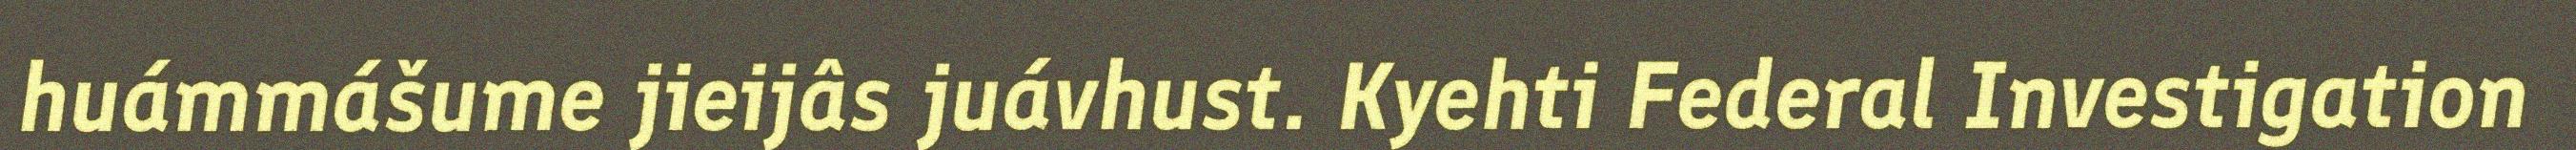
huámmášume jieijâs juávhust. Kyehti Federal Investigation